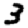
Digit: 3